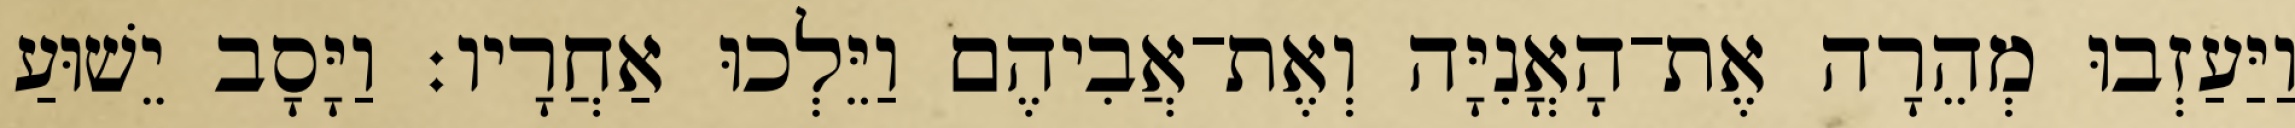
וַיַּעַזְבוּ מְהֵרָה אֶת־הָאֳנִיָּה וְאֶת־אֲבִיהֶם וַיֵּלְכוּ אַחֲרָיו׃ וַיָּסָב יֵשׁוּעַ